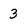
Character: 3